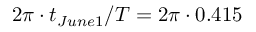
2 \pi \cdot t _ { J u n e 1 } / T = 2 \pi \cdot 0 . 4 1 5